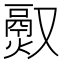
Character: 𬴵